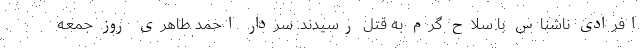
افرادی ناشناس با سلاح گرم به قتل رسیدند. سردار احمد طاهری روز جمعه